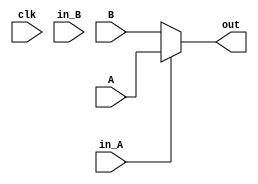
module chooseforalu(
    input clk,
    input [7:0] A,
    input [7:0] B,
    input in_A,
    input in_B,
    output wire [7:0] out
);
    assign out = (in_A==1'b1) ? A : B;
endmodule